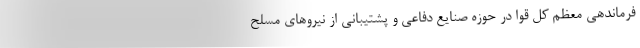
فرماندهی معظم کل قوا در حوزه صنایع دفاعی و پشتیبانی از نیروهای مسلح